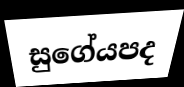
සුගේයපද